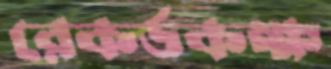
রেকর্ডকক্ষ